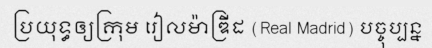
ប្រយុទ្ធឲ្យក្រុម រៀលម៉ាឌ្រីដ (Real Madrid) បច្ចុប្បន្ន